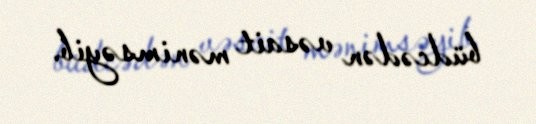
büdcədən vəsait mənimsəyib.